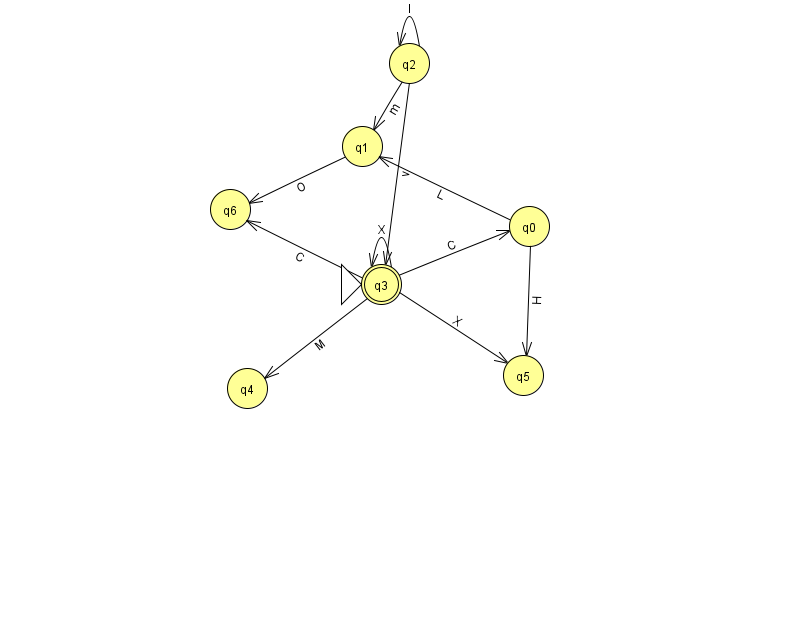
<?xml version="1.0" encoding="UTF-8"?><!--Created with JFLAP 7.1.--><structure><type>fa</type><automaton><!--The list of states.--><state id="0" name="q0"><x>529.0</x><y>213.0</y></state><state id="1" name="q1"><x>362.0</x><y>133.0</y></state><state id="2" name="q2"><x>409.0</x><y>50.0</y></state><state id="3" name="q3"><x>381.0</x><y>271.0</y><initial/><final/></state><state id="4" name="q4"><x>247.0</x><y>375.0</y></state><state id="5" name="q5"><x>523.0</x><y>362.0</y></state><state id="6" name="q6"><x>230.0</x><y>196.0</y></state><!--The list of transitions.--><transition><from>3</from><to>5</to><read>X</read></transition><transition><from>2</from><to>1</to><read>m</read></transition><transition><from>3</from><to>4</to><read>M</read></transition><transition><from>3</from><to>0</to><read>C</read></transition><transition><from>2</from><to>3</to><read>v</read></transition><transition><from>0</from><to>1</to><read>L</read></transition><transition><from>0</from><to>5</to><read>H</read></transition><transition><from>3</from><to>3</to><read>X</read></transition><transition><from>2</from><to>2</to><read>I</read></transition><transition><from>3</from><to>6</to><read>C</read></transition><transition><from>1</from><to>6</to><read>O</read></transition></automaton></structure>